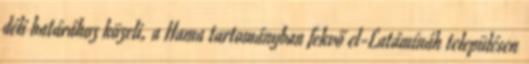
déli határához közeli, a Hama tartományban fekvő el-Latámínáh településen